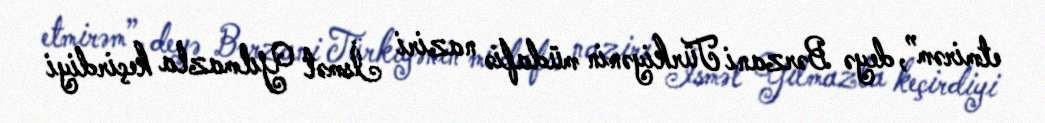
etmirəm”, deyə Bərzani Türkiyənin müdafiə naziri İsmət Yılmazla keçirdiyi